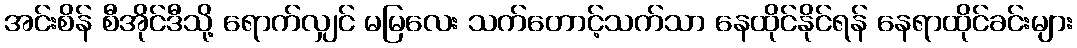
အင်းစိန် စီအိုင်ဒီသို့ ရောက်လျှင် မမြလေး သက်တောင့်သက်သာ နေထိုင်နိုင်ရန် နေရာထိုင်ခင်းများ